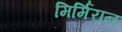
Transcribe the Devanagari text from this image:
मिर्मिरान